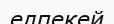
елпекей